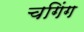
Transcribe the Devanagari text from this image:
चगिंग